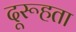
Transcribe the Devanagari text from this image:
दूरूहता